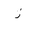
Letter: _zay